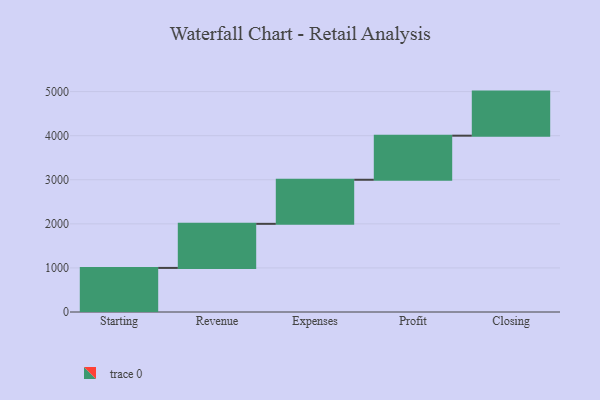
{"axis": {"x": "Step", "y": "Value"}, "legend": [""], "data": [{"x": "Starting", "y": 1000, "type": ""}, {"x": "Revenue", "y": 1000, "type": ""}, {"x": "Expenses", "y": 1000, "type": ""}, {"x": "Profit", "y": 1000, "type": ""}, {"x": "Closing", "y": 1000, "type": ""}]}